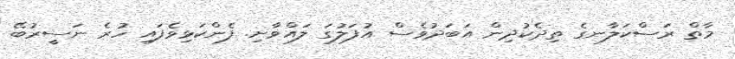
މާތް ރަސްކަލާނގެ ތިދެކުދިން އަބަދުވެސް އުފަލުގަ ލައްވާށި. ފެންކަޅިވެފައި ހުރެ ނަސީރުބޭ